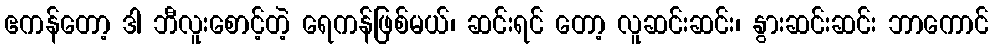
ဧကန်တော့ ဒါ ဘီလူးစောင့်တဲ့ ရေကန်ဖြစ်မယ်၊ ဆင်းရင် တော့ လူဆင်းဆင်း၊ နွားဆင်းဆင်း ဘာကောင်